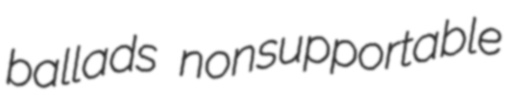
ballads nonsupportable